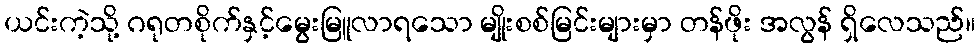
ယင်းကဲ့သို့ ဂရုတစိုက်နှင့်မွေးမြူလာရသော မျိုးစစ်မြင်းများမှာ တန်ဖိုး အလွန် ရှိလေသည်။